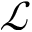
\mathcal { L }